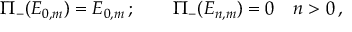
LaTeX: \Pi _ { - } ( E _ { 0 , m } ) = E _ { 0 , m } \, ; \qquad \Pi _ { - } ( E _ { n , m } ) = 0 \quad n > 0 \, , \nonumber